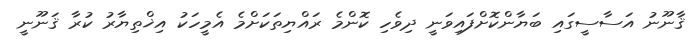
ޤާނޫނު އަސާސީގައި ބަޔާންކޮށްފައިވަނީ ދިވެހި ކޮންމެ ރައްޔިތަކަށްމެ އެމީހަކު އިޚްތިޔާރު ކުރާ ޤަނޫނީ